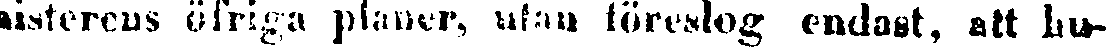
nisterens öfriga planer, utan föreslog endast, att hu-